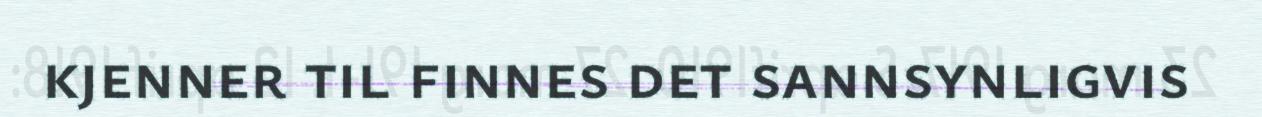
kjenner til finnes det sannsynligvis